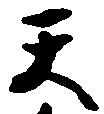
天